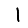
Digit: 1